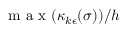
\mathrm { ~ m ~ a ~ x ~ } ( \kappa _ { k \epsilon } ( \sigma ) ) / h